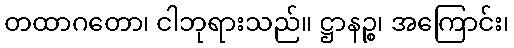
တထာဂတော၊ ငါဘုရားသည်။ ဋ္ဌာနဉ္စ၊ အကြောင်း၊